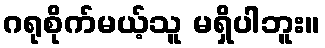
ဂရုစိုက်မယ့်သူ မရှိပါဘူး။